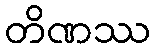
တိဏဿ